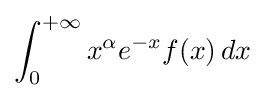
\int _{0}^{+\infty }x^{\alpha }e^{-x}f(x)\,dx